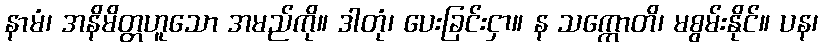
နာမံ၊ အနိမိတ္တဟူသော အမည်ကို။ ဒါတုံ၊ ပေးခြင်းငှာ။ န သက္ကောတိ၊ မစွမ်းနိုင်။ ပန၊